Madras plague regulations in force outside the Presidency town - Volume 3
Disease focus: Plague
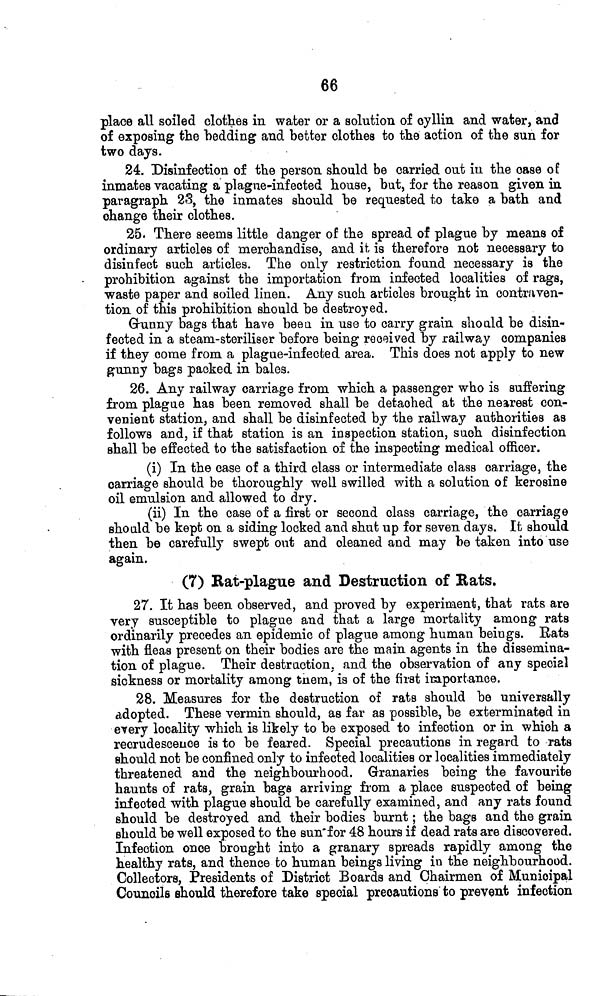
66
place all soiled clothes in water or a solution of oyllin and water, and
of exposing the bedding and better clothes to the action of the sun for
two days.
24. Disinfection of the person should be carried out in the case of
inmates vacating a plague-infected house, but, for the reason given in
paragraph 23, the inmates should be requested to take a bath and
change their clothes.
25. There seems little danger of the spread of plague by means of
ordinary articles of merchandise, and it is therefore not necessary to
disinfect such articles. The only restriction found necessary is the
prohibition against the importation from infected localities of rags,
waste paper and soiled linen. Any such articles brought in contraven-
tion of this prohibition should be destroyed.
Grunny bags that have been in use to carry grain should be disin-
fected in a steam-steriliser before being received by railway companies
if they come from a plague-infected area. This does not apply to new
gunny bags packed in bales.
26. Any railway carriage from which a passenger who is suffering
from plague has been removed shall be detached at the nearest con-
venient station, and shall be disinfected by the railway authorities as
follows and, if that station is an inspection station, such disinfection
shall be effected to the satisfaction of the inspecting medical officer.
(i) In the case of a third class or intermediate class carriage, the
carriage should be thoroughly well swilled with a solution of kerosine
oil emulsion and allowed to dry.
(ii) In the case of a first or second class carriage, the carriage
should be kept on a siding locked and shut up for seven days. It should
then be carefully swept out and cleaned and may be taken into use
again.
(7) Bat-plague and Destruction of Rats.
27. It has been observed, and proved by experiment, that rats are
very susceptible to plague and that a large mortality among rats
ordinarily precedes an epidemic of plague among human beings. Bats
with fleas present on their bodies are the main agents in the dissemina-
tion of plague. Their destruction, and the observation of any special
sickness or mortality among tnem, is of the first importance.
28. Measures for tLe destruction of rats should be universally
adopted. These vermin should, as far as possible, be exterminated in
every locality which is likely to be exposed to infection or in which a
recrudescence is to be feared. Special precautions in regard to rats
should not be confined only to infected localities or localities immediately
threatened and the neighbourhood. Granaries being the favourite
haunts of rats, grain bags arriving from a place suspected of being
infected with plague should be carefully examined, and any rats found
should be destroyed and their bodies burnt ; the bags and the grain
should be well exposed to the sun'f or 48 hours if dead rats are discovered.
Infection once brought into a granary spreads rapidly among the
healthy rats, and thence to human beings living in the neighbourhood.
Collectors, Presidents of District Boards and Chairmen of Municipal
Councils should therefore take special precautions to prevent infection